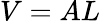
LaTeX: V=AL